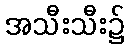
အသီးသီး၌